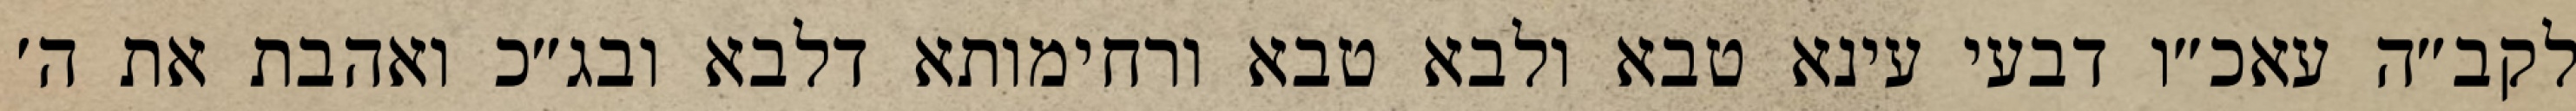
לקב״ה עאכ״ו דבעי עינא טבא ולבא טבא ורחימותא דלבא ובג״כ ואהבת את ה׳